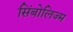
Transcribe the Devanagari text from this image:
सिंबोलिज्म